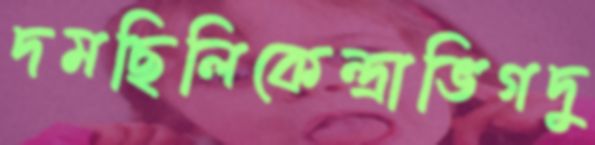
দমছিলিকেন্দ্রাভিগদু